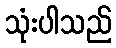
သုံးပါသည်